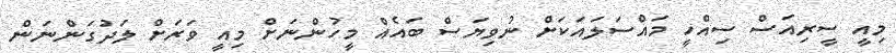
މިއީ ސީރިއަސް ސިއްހީ މައްސަލައަކަށް ނުވިޔަސް ބައެއް މީހުންނަށް މިއީ ވަރަށް ލަދުގަންނަން